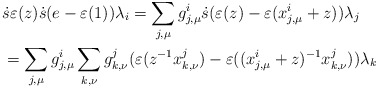
\begin{align*} &\ \dot{s}\varepsilon(z)\dot{s}(e-\varepsilon(1))\lambda_i = \sum_{j,\mu} g^i_{j,\mu} \dot{s} (\varepsilon(z)-\varepsilon(x^i_{j,\mu}+z))\lambda_j \\ &\ = \sum_{j,\mu} g^i_{j,\mu} \sum_{k,\nu} g^j_{k,\nu} (\varepsilon(z^{-1} x^j_{k,\nu})- \varepsilon((x^i_{j,\mu}+z)^{-1} x^j_{k,\nu})) \lambda_k\end{align*}